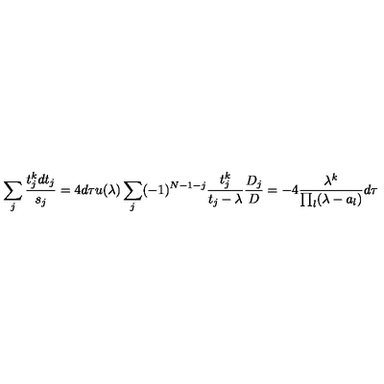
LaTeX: \sum _ { j } { \frac { t _ { j } ^ { k } d t _ { j } } { s _ { j } } } = 4 d \tau u ( \lambda ) \sum _ { j } ( - 1 ) ^ { N - 1 - j } { \frac { t _ { j } ^ { k } } { t _ { j } - \lambda } } { \frac { D _ { j } } { D } } = - 4 { \frac { \lambda ^ { k } } { \prod _ { l } ( \lambda - a _ { l } ) } } d \tau